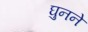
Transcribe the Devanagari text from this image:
घुनने